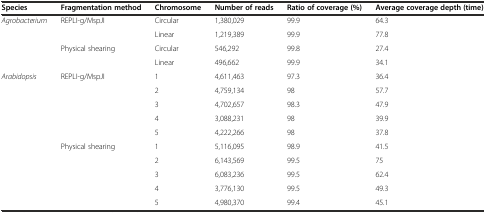
<table><thead><tr><td><b>Species</b></td><td><b>Fragmentation method</b></td><td><b>Chromosome</b></td><td><b>Number of reads</b></td><td><b>Ratio of coverage (%)</b></td><td><b>Average coverage depth (time)</b></td></tr></thead><tbody><tr><td><i>Agrobacterium</i></td><td>REPLI-g/MspJI</td><td>Circular</td><td>1,380,029</td><td>99.9</td><td>64.3</td></tr><tr><td></td><td></td><td>Linear</td><td>1,219,389</td><td>99.9</td><td>77.8</td></tr><tr><td></td><td>Physical shearing</td><td>Circular</td><td>546,292</td><td>99.8</td><td>27.4</td></tr><tr><td></td><td></td><td>Linear</td><td>496,662</td><td>99.9</td><td>34.1</td></tr><tr><td><i>Arabidopsis</i></td><td>REPLI-g/MspJI</td><td>1</td><td>4,611,463</td><td>97.3</td><td>36.4</td></tr><tr><td></td><td></td><td>2</td><td>4,759,134</td><td>98</td><td>57.7</td></tr><tr><td></td><td></td><td>3</td><td>4,702,657</td><td>98.3</td><td>47.9</td></tr><tr><td></td><td></td><td>4</td><td>3,088,231</td><td>98</td><td>39.9</td></tr><tr><td></td><td></td><td>5</td><td>4,222,266</td><td>98</td><td>37.8</td></tr><tr><td></td><td>Physical shearing</td><td>1</td><td>5,116,095</td><td>98.9</td><td>41.5</td></tr><tr><td></td><td></td><td>2</td><td>6,143,569</td><td>99.5</td><td>75</td></tr><tr><td></td><td></td><td>3</td><td>6,083,236</td><td>99.5</td><td>62.4</td></tr><tr><td></td><td></td><td>4</td><td>3,776,130</td><td>99.5</td><td>49.3</td></tr><tr><td></td><td></td><td>5</td><td>4,980,370</td><td>99.4</td><td>45.1</td></tr></tbody></table>